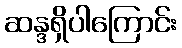
ဆန္ဒရှိပါကြောင်း